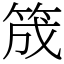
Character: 筬